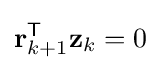
\mathbf {r} _{k+1}^{\mathsf {T}}\mathbf {z} _{k}=0